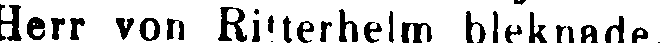
Herr von Ritterhelm bleknade